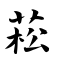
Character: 菘